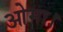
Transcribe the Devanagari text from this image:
ओमा।